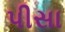
પીસા